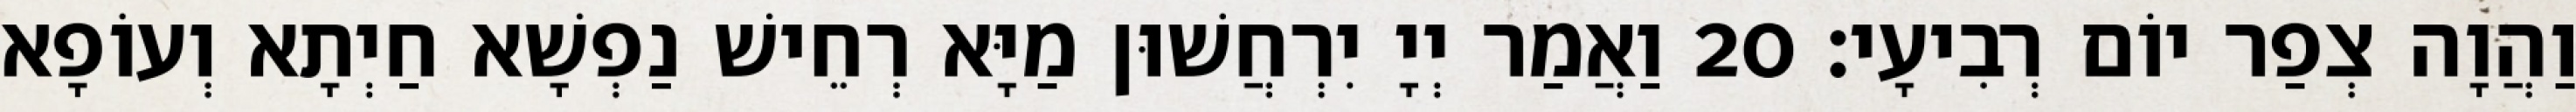
וַהֲוָה צְפַר יוֹם רְבִיעָי׃ 20 וַאֲמַר יְיָ יִרְחֲשׁוּן מַיָּא רְחֵישׁ נַפְשָׁא חַיְתָא וְעוֹפָא